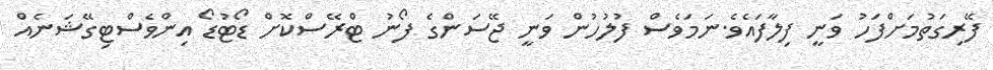
ފޭރިގަތުމަށްފަހު ވަނީ ފިލާފައެވެ.ނަމަވެސް ފުލުހުން ވަނީ ޖޭސަންގެ ފޯނު ޓްރޭސްކޮށް ޑޯޓުޑޯ އިންވެސްޓިގޭޝަނެއް